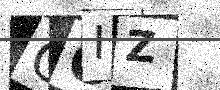
Text: OOIZ